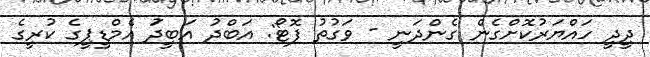
ދީދީ ހައްޔަރުކޮށްގެން ގެންދަނީ - ވަގުތު ފޮޓޯ: އަބްދު އަބީދުަ އެމްޑީޕީގެ ކުރީގެ